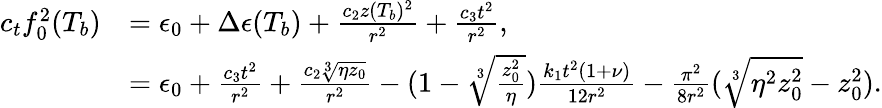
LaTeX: \begin{array}{rl}{c_{t}f_{0}^{2}(T_{b})}&{=\epsilon_{0}+\Delta\epsilon(T_{b})+\frac{c_{2}z(T_{b})^{2}}{r^{2}}+\frac{c_{3}t^{2}}{r^{2}},}\\ &{=\epsilon_{0}+\frac{c_{3}t^{2}}{r^{2}}+\frac{c_{2}\sqrt[3]{\eta z_{0}}}{r^{2}}-(1-\sqrt[3]{\frac{z_{0}^{2}}{\eta}})\frac{k_{1}t^{2}(1+\nu)}{12r^{2}}-\frac{\pi^{2}}{8r^{2}}(\sqrt[3]{\eta^{2}z_{0}^{2}}-z_{0}^{2}).}\end{array}